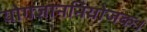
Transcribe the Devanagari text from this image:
योगज्ञाननियोजकः।